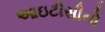
આઇટીસીનો